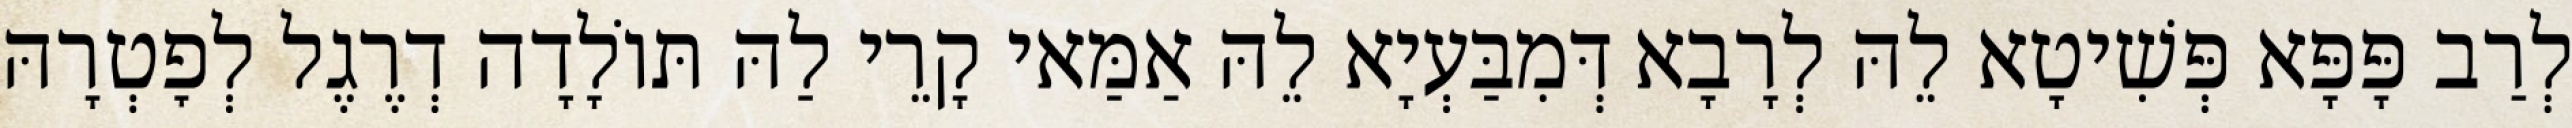
לְרַב פָּפָּא פְּשִׁיטָא לֵהּ לְרָבָא דְּמִבַּעְיָא לֵהּ אַמַּאי קָרֵי לַהּ תּוֹלָדָה דְרֶגֶל לְפׇטְרָהּ